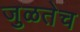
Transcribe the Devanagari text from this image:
जुळतेच